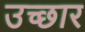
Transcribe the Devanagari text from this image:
उच्छार